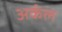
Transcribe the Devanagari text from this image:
अर्कल